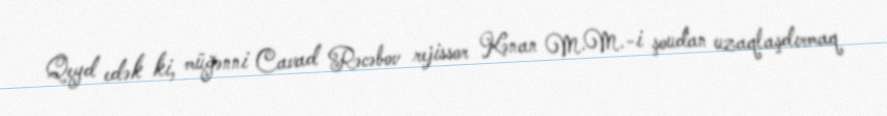
Qeyd edək ki, müğənni Cavad Rəcəbov rejissor Kənan M.M.-i şoudan uzaqlaşdırmaq